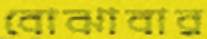
বোঝাবার